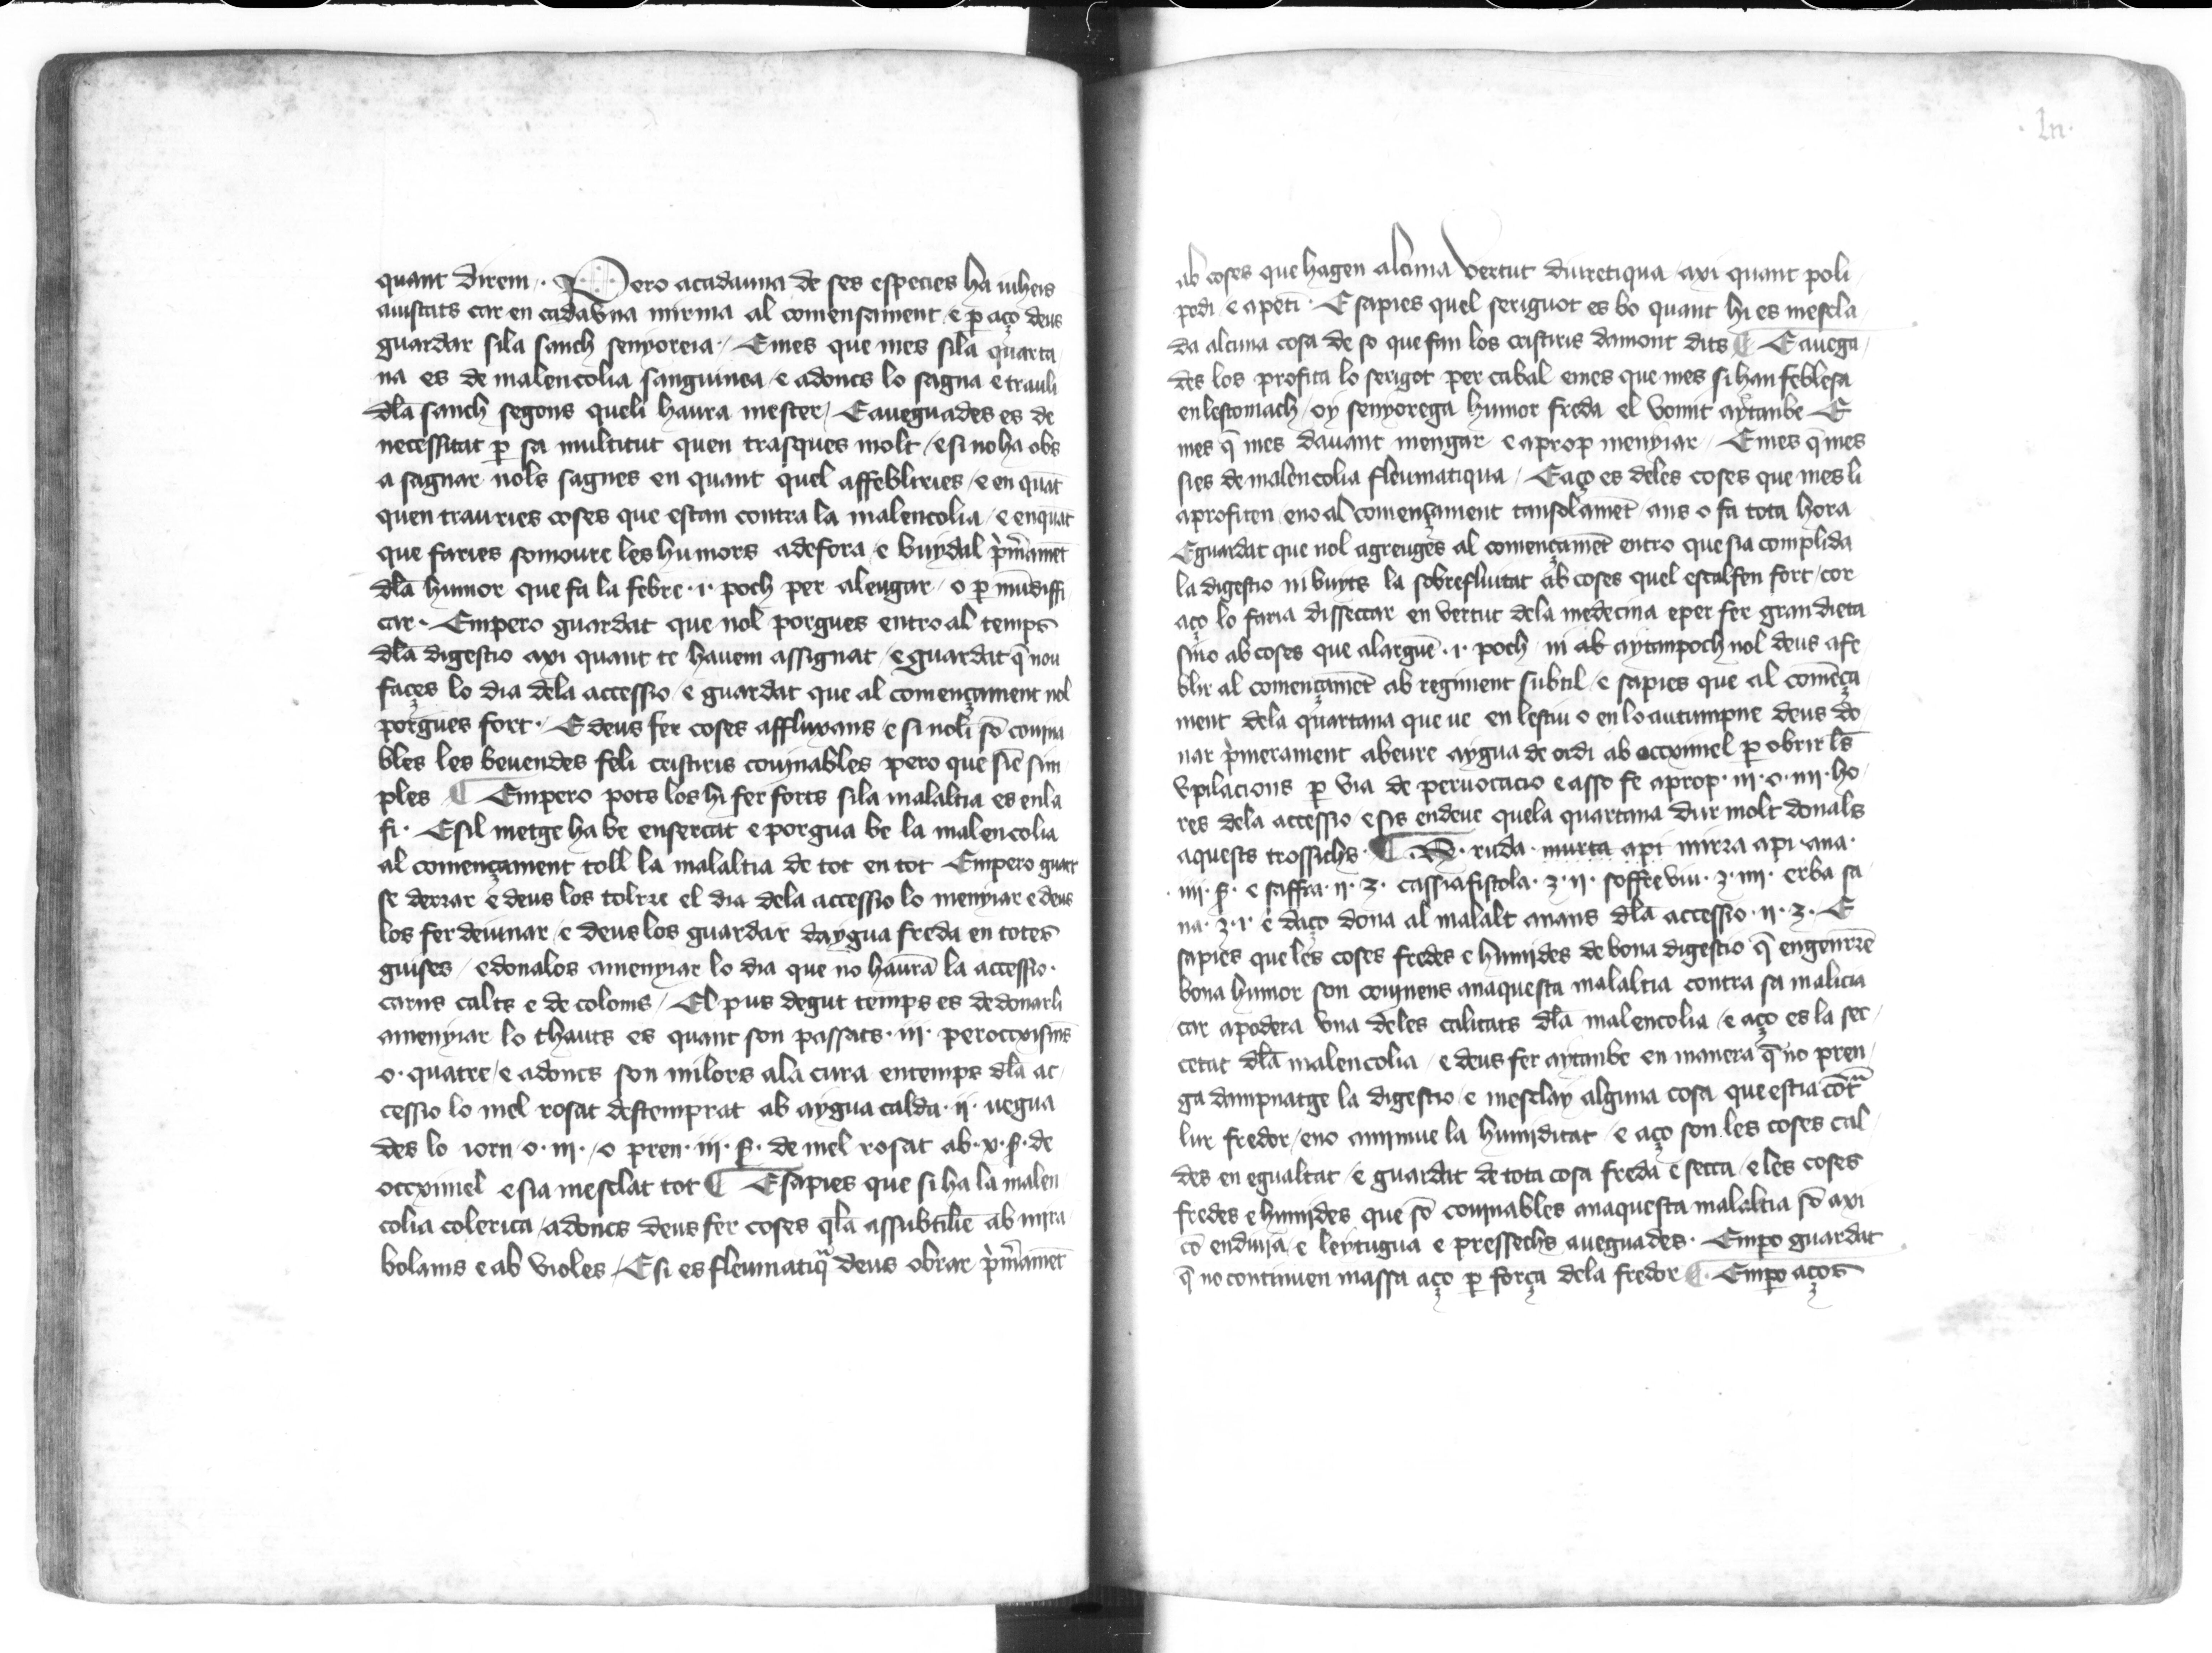
Shelfmark: Paris, BnF, esp. 563
Century: 14